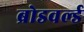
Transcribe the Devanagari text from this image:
ब्रोडवर्ल्ड